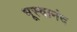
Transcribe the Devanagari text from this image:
भूस्वानंद